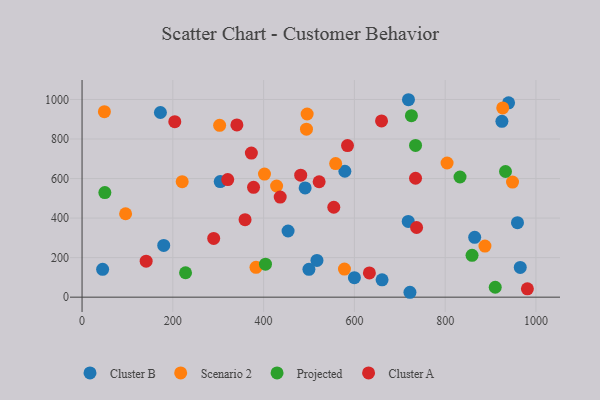
{"axis": {"x": "Distance", "y": "Salary"}, "legend": ["Cluster A", "Cluster B", "Projected", "Scenario 2"], "data": [{"x": "304.4", "y": 584.7, "type": "Cluster B"}, {"x": "865.0", "y": 302.5, "type": "Cluster B"}, {"x": "45.3", "y": 140.8, "type": "Cluster B"}, {"x": "965.4", "y": 150.6, "type": "Cluster B"}, {"x": "718.6", "y": 383.3, "type": "Cluster B"}, {"x": "600.0", "y": 98.8, "type": "Cluster B"}, {"x": "491.5", "y": 552.3, "type": "Cluster B"}, {"x": "925.0", "y": 889.4, "type": "Cluster B"}, {"x": "959.3", "y": 376.9, "type": "Cluster B"}, {"x": "661.0", "y": 87.9, "type": "Cluster B"}, {"x": "172.6", "y": 934.0, "type": "Cluster B"}, {"x": "579.0", "y": 636.9, "type": "Cluster B"}, {"x": "719.1", "y": 998.7, "type": "Cluster B"}, {"x": "722.4", "y": 24.7, "type": "Cluster B"}, {"x": "179.9", "y": 261.5, "type": "Cluster B"}, {"x": "517.5", "y": 185.6, "type": "Cluster B"}, {"x": "939.7", "y": 983.2, "type": "Cluster B"}, {"x": "499.8", "y": 140.7, "type": "Cluster B"}, {"x": "453.9", "y": 334.7, "type": "Cluster B"}, {"x": "558.7", "y": 675.8, "type": "Scenario 2"}, {"x": "95.9", "y": 421.8, "type": "Scenario 2"}, {"x": "428.6", "y": 562.4, "type": "Scenario 2"}, {"x": "887.6", "y": 258.6, "type": "Scenario 2"}, {"x": "578.1", "y": 142.2, "type": "Scenario 2"}, {"x": "494.4", "y": 849.6, "type": "Scenario 2"}, {"x": "926.8", "y": 957.4, "type": "Scenario 2"}, {"x": "495.9", "y": 926.6, "type": "Scenario 2"}, {"x": "948.4", "y": 582.2, "type": "Scenario 2"}, {"x": "383.2", "y": 150.9, "type": "Scenario 2"}, {"x": "401.9", "y": 622.6, "type": "Scenario 2"}, {"x": "220.6", "y": 584.4, "type": "Scenario 2"}, {"x": "49.2", "y": 938.3, "type": "Scenario 2"}, {"x": "303.1", "y": 869.0, "type": "Scenario 2"}, {"x": "804.2", "y": 678.6, "type": "Scenario 2"}, {"x": "734.7", "y": 767.4, "type": "Projected"}, {"x": "404.1", "y": 167.0, "type": "Projected"}, {"x": "725.6", "y": 918.2, "type": "Projected"}, {"x": "859.2", "y": 211.7, "type": "Projected"}, {"x": "832.7", "y": 607.7, "type": "Projected"}, {"x": "50.2", "y": 528.9, "type": "Projected"}, {"x": "910.3", "y": 50.1, "type": "Projected"}, {"x": "932.9", "y": 635.7, "type": "Projected"}, {"x": "228.0", "y": 123.5, "type": "Projected"}, {"x": "359.1", "y": 392.0, "type": "Cluster A"}, {"x": "734.7", "y": 601.5, "type": "Cluster A"}, {"x": "290.0", "y": 297.3, "type": "Cluster A"}, {"x": "320.9", "y": 594.8, "type": "Cluster A"}, {"x": "584.8", "y": 766.6, "type": "Cluster A"}, {"x": "481.7", "y": 616.8, "type": "Cluster A"}, {"x": "204.3", "y": 887.9, "type": "Cluster A"}, {"x": "341.1", "y": 871.1, "type": "Cluster A"}, {"x": "737.0", "y": 352.4, "type": "Cluster A"}, {"x": "377.8", "y": 555.8, "type": "Cluster A"}, {"x": "633.0", "y": 122.6, "type": "Cluster A"}, {"x": "141.2", "y": 182.0, "type": "Cluster A"}, {"x": "373.0", "y": 728.6, "type": "Cluster A"}, {"x": "981.1", "y": 42.0, "type": "Cluster A"}, {"x": "659.8", "y": 891.7, "type": "Cluster A"}, {"x": "554.6", "y": 454.9, "type": "Cluster A"}, {"x": "436.5", "y": 506.2, "type": "Cluster A"}, {"x": "522.3", "y": 583.8, "type": "Cluster A"}]}